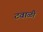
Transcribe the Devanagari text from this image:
टवाळी